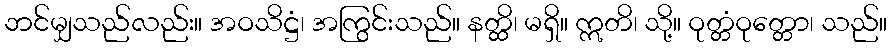
ဘင်မျှသည်လည်း။ အဝသိဋ္ဌံ၊ အကြွင်းသည်။ နတ္ထိ၊ မရှိ။ ဣတိ၊ သို့။ ဝုတ္တံဝုတ္တော၊ သည်။